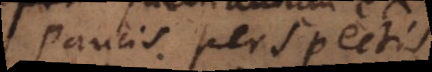
paucis perspectis